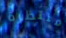
منتظرة